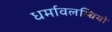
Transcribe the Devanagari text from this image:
धर्मावलम्बियो